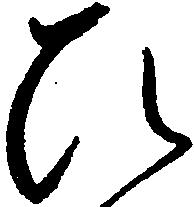
ひ